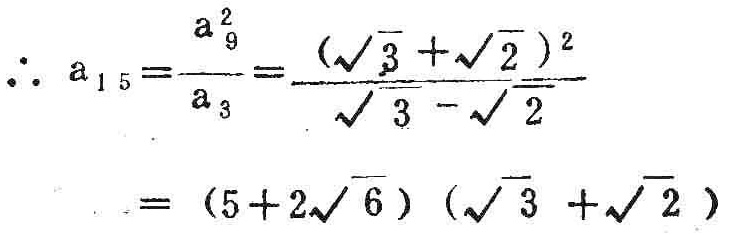
\(\therefore a_{15}=\frac{a_{9}^{2}}{a_{3}}=\frac{(\sqrt{3}+\sqrt{2})^{2}}{\sqrt{3}-\sqrt{2}}=(5 + 2\sqrt{6})(\sqrt{3}+\sqrt{2})\)